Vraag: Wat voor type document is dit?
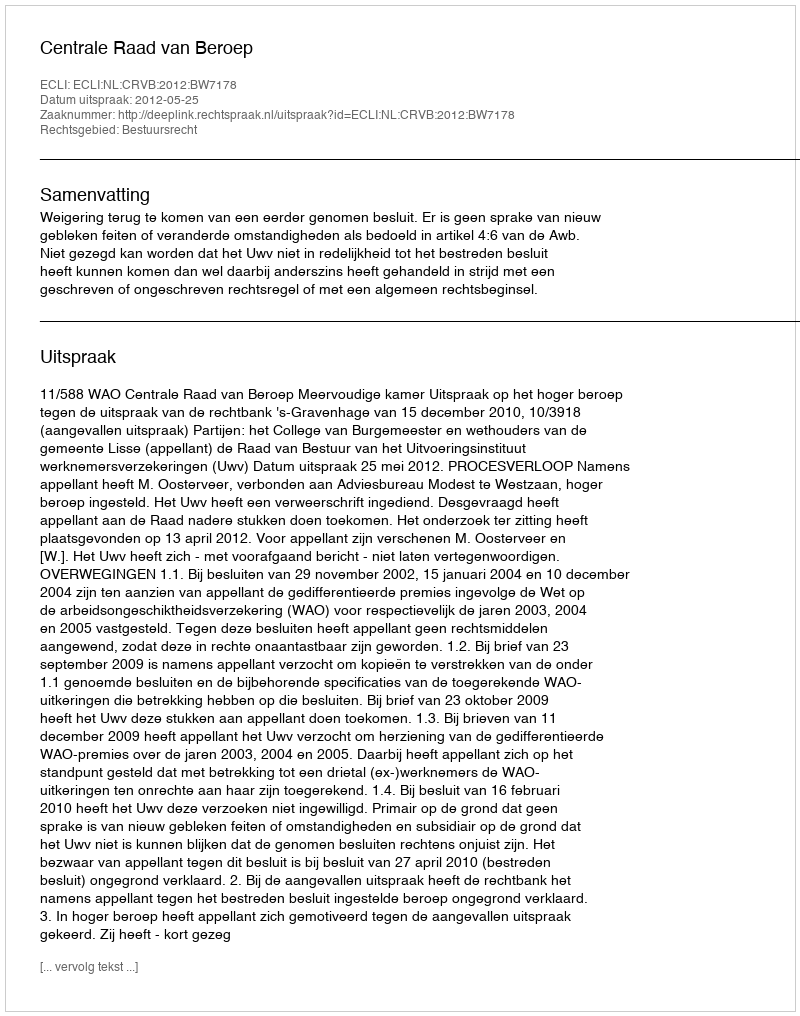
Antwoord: Uitspraak